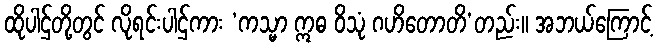
ထိုပါဌ်တို့တွင် လိုရင်းပါဌ်ကား ‘ကသ္မာ ဣဓ ဝိသုံ ဂဟိတောတိ’တည်း။ အဘယ်ကြောင့်